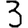
Digit: 3